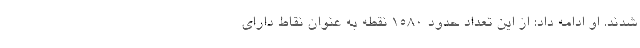
شدند. او ادامه داد: از این تعداد حدود ۱۵۸۰ نقطه به عنوان نقاط دارای